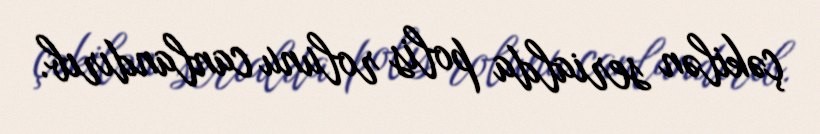
çəkilən serialda polis rolunu canlandırıb.